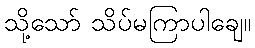
သို့သော် သိပ်မကြာပါချေ။